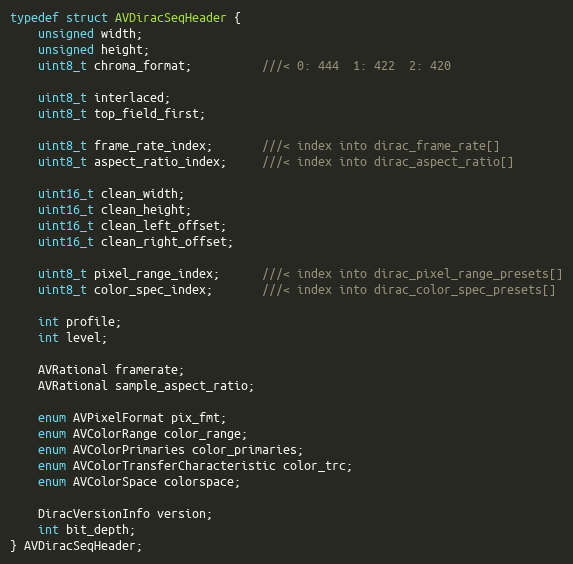
Language: C
typedef struct AVDiracSeqHeader {
    unsigned width;
    unsigned height;
    uint8_t chroma_format;          ///< 0: 444  1: 422  2: 420

    uint8_t interlaced;
    uint8_t top_field_first;

    uint8_t frame_rate_index;       ///< index into dirac_frame_rate[]
    uint8_t aspect_ratio_index;     ///< index into dirac_aspect_ratio[]

    uint16_t clean_width;
    uint16_t clean_height;
    uint16_t clean_left_offset;
    uint16_t clean_right_offset;

    uint8_t pixel_range_index;      ///< index into dirac_pixel_range_presets[]
    uint8_t color_spec_index;       ///< index into dirac_color_spec_presets[]

    int profile;
    int level;

    AVRational framerate;
    AVRational sample_aspect_ratio;

    enum AVPixelFormat pix_fmt;
    enum AVColorRange color_range;
    enum AVColorPrimaries color_primaries;
    enum AVColorTransferCharacteristic color_trc;
    enum AVColorSpace colorspace;

    DiracVersionInfo version;
    int bit_depth;
} AVDiracSeqHeader;